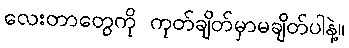
လေးတာတွေကို ကုတ်ချိတ်မှာမချိတ်ပါနဲ့။